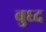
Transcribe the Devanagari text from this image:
बुघ्‍द